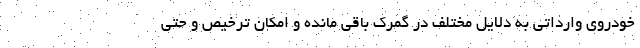
خودروی وارداتی به دلایل مختلف در گمرک باقی مانده و امکان ترخیص و حتی